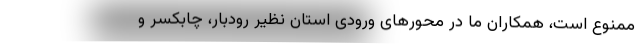
ممنوع است، همکاران ما در محورهای ورودی استان نظیر رودبار، چابکسر و